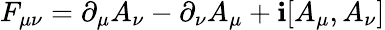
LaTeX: F_{\mu\nu}=\partial_{\mu}A_{\nu}-\partial_{\nu}A_{\mu}+\mathbf{i}[A_{\mu},A_{\nu}]